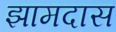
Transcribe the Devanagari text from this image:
झामदास